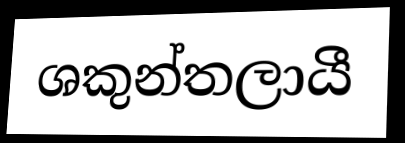
ශකුන්තලායී